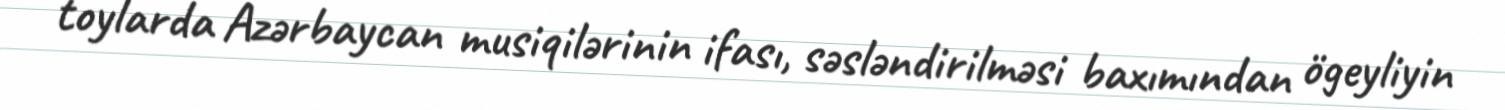
toylarda Azərbaycan musiqilərinin ifası, səsləndirilməsi baxımından ögeyliyin